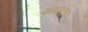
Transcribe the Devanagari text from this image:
खोलापूरच्या